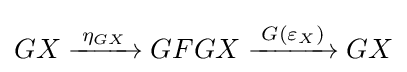
GX\xrightarrow {\;\eta _{GX}\;} GFGX\xrightarrow {\overset {}{\;G(\varepsilon _{X})\,}} GX